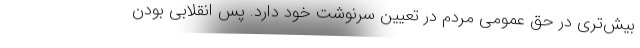
بیش‌تری در حق عمومی مردم در تعیین سرنوشت خود دارد. پس انقلابی بودن